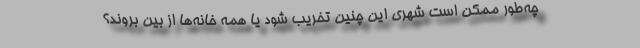
چه‌طور ممکن است شهری این چنین تخریب شود یا همه خانه‌ها از بین بروند؟